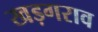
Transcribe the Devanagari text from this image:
खड़गराव